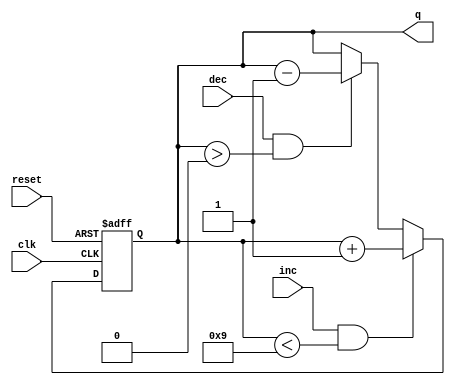
module up_down_counter_4b(
    input clk, reset,
    input inc, dec,
    output reg [3:0] q
    );
    
    always @(posedge clk, posedge reset)
        if (reset)
            q <= 0;
        else if (inc && q < 9)
            q <= q + 1;
        else if (dec && q > 0)
            q <= q - 1;
endmodule